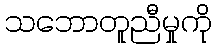
သဘောတူညီမှုကို